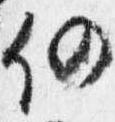
仍